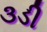
૩ડી